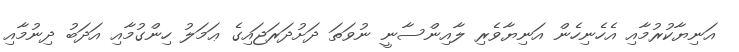
އަނިޔާކުރުމާއި އެހެނިހެން އަނިޔާވެރި ލާއިންސާނީ ނުވަތަ ދަށުދަރަޖައިގެ ޢަމަލު ހިންގުމާއި އަދަބު ދިނުމާއި